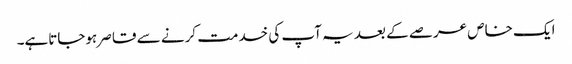
ایک خاص عرصے کے بعد یہ آپ کی خدمت کرنے سے قاصر ہوجاتاہے۔